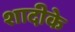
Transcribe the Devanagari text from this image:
शादीके